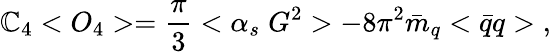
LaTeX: \mathbb{C}_{4}<O_{4}>=\frac{{\pi}}{{3}}<\alpha_{s}\; G^{2}>-8\pi^{2}\bar{{m}}_{q}<\bar{{q}}q>\; ,